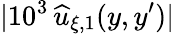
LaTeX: |10^{3}\, \widehat{u}_{\xi,1}(y,y^{\prime})|